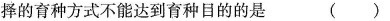
择的育种方式不能达到育种目的的是 ()